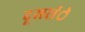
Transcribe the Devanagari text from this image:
दूसरांे